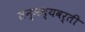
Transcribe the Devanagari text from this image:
तन्मध्यवर्ती